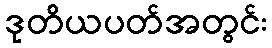
ဒုတိယပတ်အတွင်း